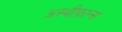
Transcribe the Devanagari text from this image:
अस्थीफ्रान्स